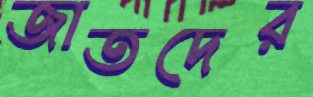
জাতদের